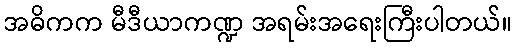
အဓိကက မီဒီယာကဏ္ဍ အရမ်းအရေးကြီးပါတယ်။